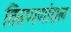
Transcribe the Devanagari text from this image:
तिरुप्पणांदाल